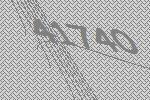
41740